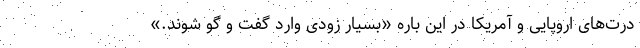
درت‌های اروپایی و آمریکا در این باره «بسیار زودی وارد گفت و گو شوند.»